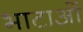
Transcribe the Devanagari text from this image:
भाटाओं